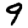
Digit: 9